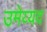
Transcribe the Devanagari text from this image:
उमेय्यद